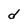
Character: d